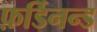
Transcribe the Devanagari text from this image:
फ़र्डिनन्ड